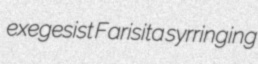
exegesist Farisita syrringing